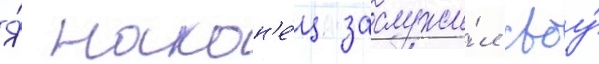
Я́ након'е́ц заслужи́л своу́